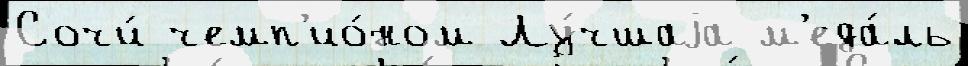
Сочи́ чемп'ио́ном Лу́чшаjа м'еда́ль